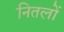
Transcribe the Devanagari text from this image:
नितलों